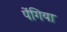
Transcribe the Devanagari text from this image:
पेंगिया